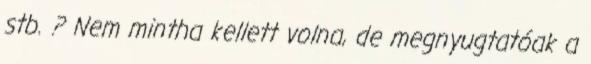
stb. ? Nem mintha kellett volna, de megnyugtatóak a